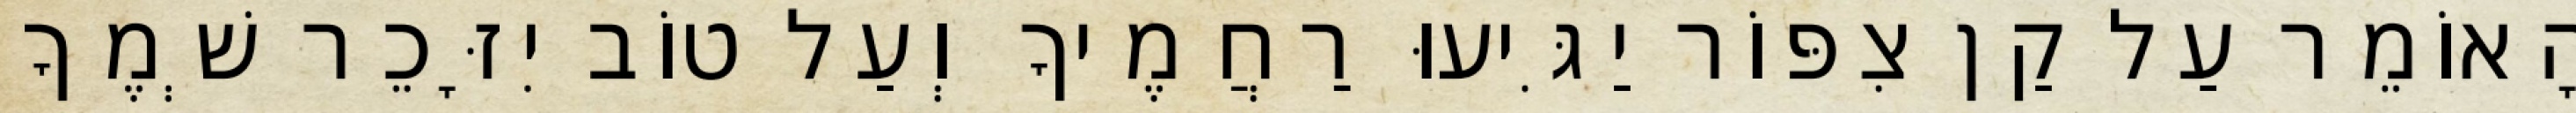
הָאוֹמֵר עַל קַן צִפּוֹר יַגִּיעוּ רַחֲמֶיךָ וְעַל טוֹב יִזָּכֵר שְׁמֶךָ